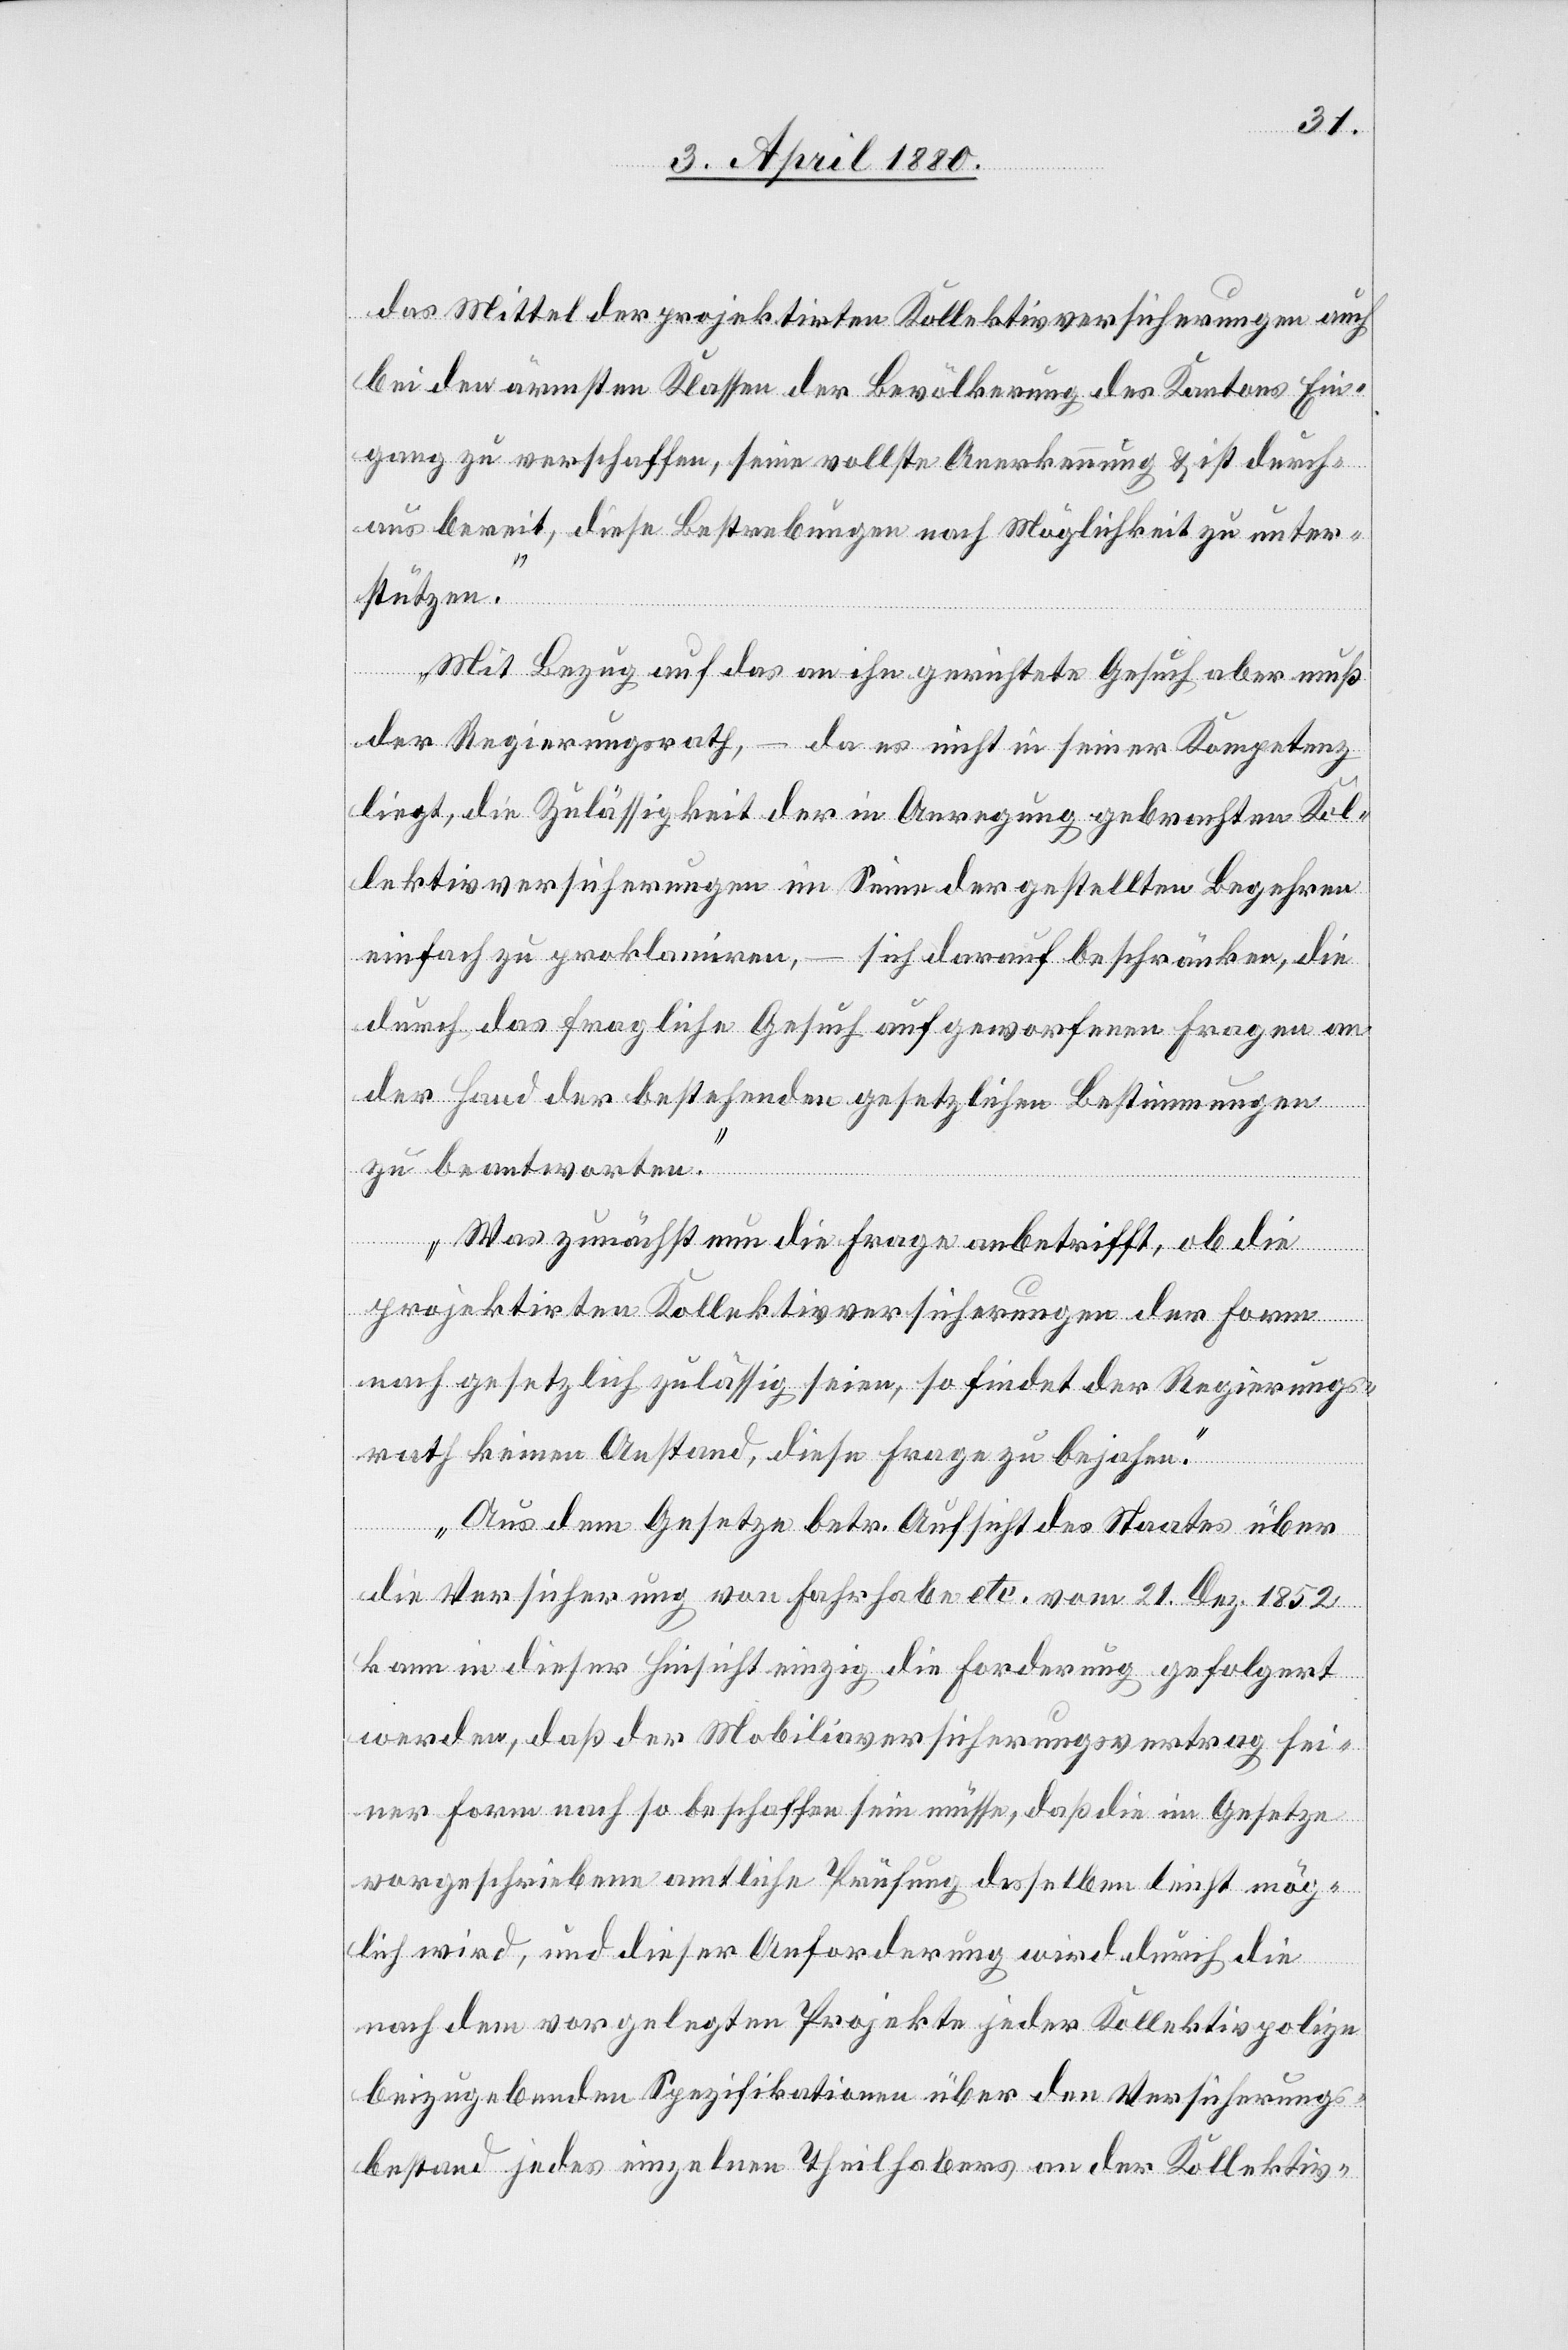
das Mittel der projektirten Kollektivversicherungen auch
bei den ärmsten Klassen der Bevölkerung des Kantons Ein¬
gang zu verschaffen, seine vollste Anerkennung & ist durch¬
aus bereit, diese Bestrebungen nach Möglichkeit zu unter¬
stützen.
Mit Bezug auf das an ihn gerichtete Gesuch aber muß
der Regierungsrath, – da es nicht in seiner Kompetenz
liegt, die Zulässigkeit der in Anregung gebrachten Kol¬
lektivversicherungen im Sinne der gestellten Begehren
einfach zu proklamiren, – sich darauf beschränken, die
durch das fragliche Gesuch aufgeworfenen Fragen an
der Hand der bestehenden gesetzlichen Bestimmungen
zu beantworten.
Was zunächst nun die Frage anbetrifft, ob die
projektirten Kollektivversicherungen der Form
nach gesetzlich zulässig seien, so findet der Regierungs¬
rath keinen Anstand, diese Frage zu bejahen.
Aus dem Gesetze betr. Aufsicht des Staates über
die Versicherung von Fahrhabe etc. vom 21. Dez 1852
kann in dieser Hinsicht einzig die Forderung gefolgert
werden, daß der Mobiliarversicherungsvertrag sei¬
ner Form nach so beschaffen sein müsse, daß die im Gesetze
vorgeschriebene amtliche Prüfung desselben leicht mög¬
lich wird, und dieser Anforderung wird durch die
nach dem vorgelegten Projekte jeder Kollektivpolize
beizugebenden Spezifikationen über den Versicherungs¬
bestand jedes einzelnen Theilhabers an der Kollektiv-